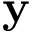
\mathbf { y }